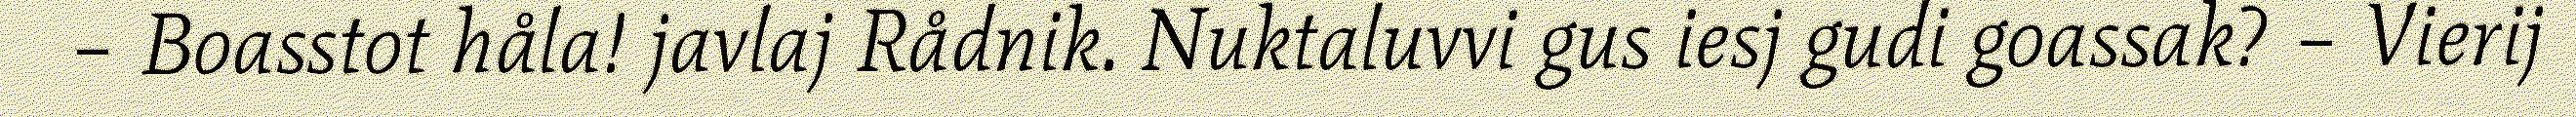
– Boasstot håla! javlaj Rådnik. Nuktaluvvi gus iesj gudi goassak? – Vierij